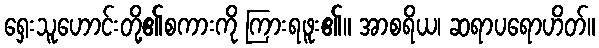
ရှေးသူဟောင်းတို့၏စကားကို ကြားရဖူး၏။ အာစရိယ၊ ဆရာပရောဟိတ်။